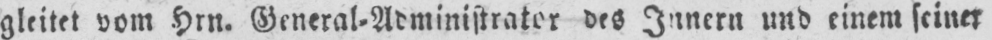
gleitet vom Hrn. General-Administrator des Innern und einem seiner